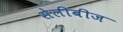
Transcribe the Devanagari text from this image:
सेलीबीज